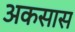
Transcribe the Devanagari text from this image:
अकसास